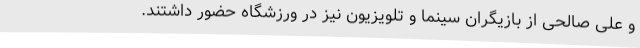
و علی صالحی از بازیگران سینما و تلویزیون نیز در ورزشگاه حضور داشتند.